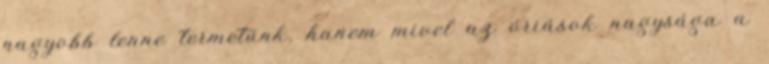
nagyobb lenne termetünk, hanem mivel az óriások nagysága a